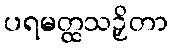
ပရမတ္ထသဉှိတာ